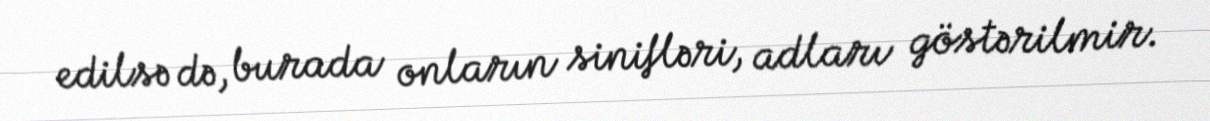
edilsə də, burada onların sinifləri, adları göstərilmir.